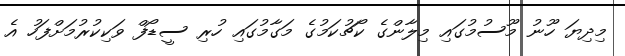
މިދިޔަ ހޫނު މޫސުމުގައި މިލާންގެ ކޯޗުކަމުގެ މަގާމުގައި ހުރި ސީޑޯފް ވަކިކުރުމަށްފަހު އެ